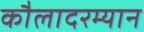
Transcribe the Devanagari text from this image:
कौलादरम्यान